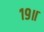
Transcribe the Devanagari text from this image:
१९॥